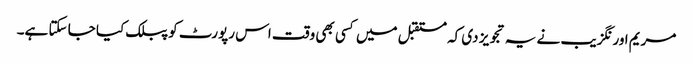
مریم اورنگزیب نے یہ تجویز دی کہ مستقبل میں کسی بھی وقت اس رپورٹ کو پبلک کیا جا سکتا ہے۔